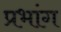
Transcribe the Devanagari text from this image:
प्रभांग